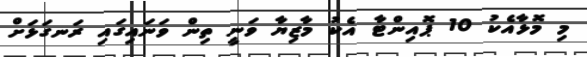
މި މޮޅާއެކު 10 ޕޮއިންޓާ އެކު މާޒިޔާ ވަނީ ތިން ވަނައިގައި ރަނގަޅަށް